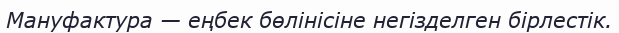
Мануфактура — еңбек бөлінісіне негізделген бірлестік.